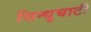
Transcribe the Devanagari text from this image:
सिन्‍धुघाटी